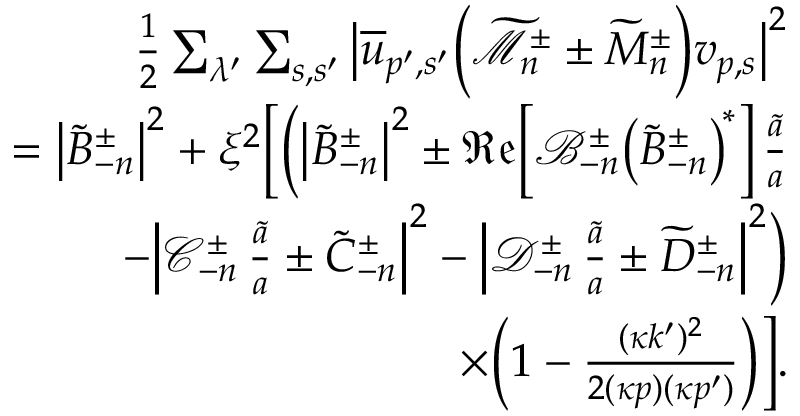
\begin{array} { r l r } & { } & { \frac { 1 } { 2 } \sum _ { \lambda ^ { \prime } } \sum _ { s , s ^ { \prime } } \big \lvert \overline { { u } } _ { p ^ { \prime } , s ^ { \prime } } \Big ( \widetilde { \mathcal { M } } _ { n } ^ { \pm } \pm \widetilde { M } _ { n } ^ { \pm } \Big ) v _ { p , s } \big \rvert ^ { 2 } } \\ & { } & { = \big \lvert \widetilde { B } _ { - n } ^ { \pm } \big \rvert ^ { 2 } + \xi ^ { 2 } \bigg [ \bigg ( \big \lvert \widetilde { B } _ { - n } ^ { \pm } \big \rvert ^ { 2 } \pm \mathfrak { R e } \! \left[ \mathcal { B } _ { - n } ^ { \pm } \! \left( \widetilde { B } _ { - n } ^ { \pm } \right) ^ { \! \ast } \right] \frac { \tilde { a } } { a } } \\ & { } & { \ \ - \Big \lvert \mathcal { C } _ { - n } ^ { \pm } \, \frac { \tilde { a } } { a } \pm \widetilde { C } _ { - n } ^ { \pm } \Big \rvert ^ { 2 } - \Big \lvert \mathcal { D } _ { - n } ^ { \pm } \, \frac { \tilde { a } } { a } \pm \widetilde { D } _ { - n } ^ { \pm } \Big \rvert ^ { 2 } \bigg ) } \\ & { } & { \ \ \times \bigg ( 1 - \frac { ( \kappa k ^ { \prime } ) ^ { 2 } } { 2 ( \kappa p ) ( \kappa p ^ { \prime } ) } \bigg ) \bigg ] . } \end{array}